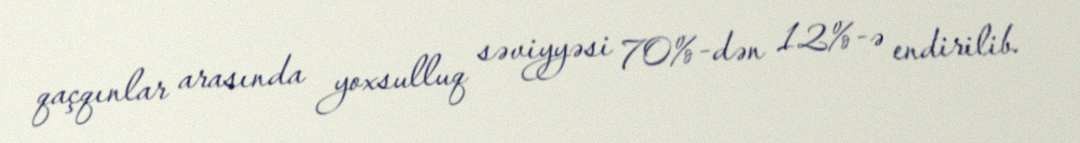
qaçqınlar arasında yoxsulluq səviyyəsi 70%-dən 12%-ə endirilib.